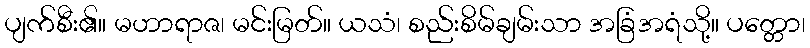
ပျက်စီး၏။ မဟာရာဇ၊ မင်းမြတ်။ ယသံ၊ စည်းစိမ်ချမ်းသာ အခြံအရံသို့။ ပတ္တော၊